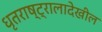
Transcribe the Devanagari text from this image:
धृतराष्ट्रालादेखील